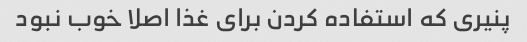
پنیری که استفاده کردن برای غذا اصلا خوب نبود